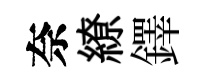
奈繚鐸